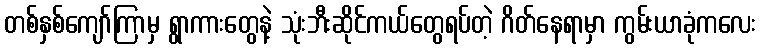
တစ်နှစ်ကျော်ကြာမှ ရွာကားတွေနဲ့ သုံးဘီးဆိုင်ကယ်တွေရပ်တဲ့ ဂိတ်နေရာမှာ ကွမ်းယာခုံကလေး